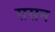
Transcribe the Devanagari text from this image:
ससन